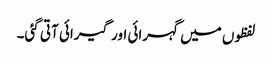
لفظوں میں گہرائی اور گیرائی آتی گئی۔